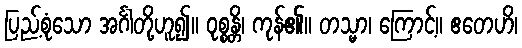
ပြည့်စုံသော အင်္ဂါတို့ဟူ၍။ ဝုစ္စန္တိ၊ ကုန်၏။ တသ္မာ၊ ကြောင့်။ ဧတေဟိ၊